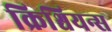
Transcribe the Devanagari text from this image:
क्रिश्चियन्स